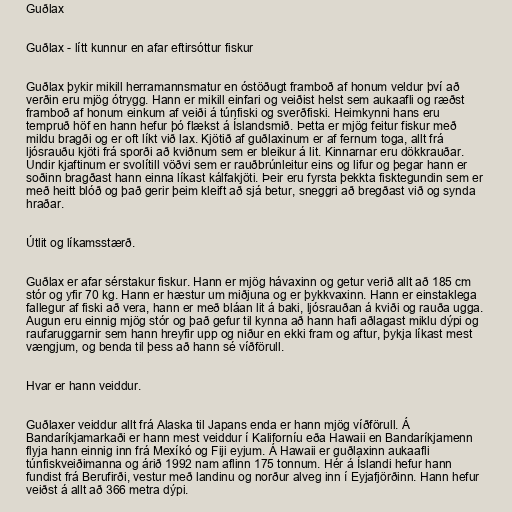
Guðlax

Guðlax - lítt kunnur en afar eftirsóttur fiskur

Guðlax þykir mikill herramannsmatur en óstöðugt framboð af honum veldur því að
verðin eru mjög ótrygg. Hann er mikill einfari og veiðist helst sem aukaafli og ræðst
framboð af honum einkum af veiði á túnfiski og sverðfiski. Heimkynni hans eru
tempruð höf en hann hefur þó flækst á Íslandsmið. Þetta er mjög feitur fiskur með
mildu bragði og er oft líkt við lax. Kjötið af guðlaxinum er af fernum toga, allt frá
ljósrauðu kjöti frá sporði að kviðnum sem er bleikur á lit. Kinnarnar eru dökkrauðar.
Undir kjaftinum er svolítill vöðvi sem er rauðbrúnleitur eins og lifur og þegar hann er
soðinn bragðast hann einna líkast kálfakjöti. Þeir eru fyrsta þekkta fisktegundin sem er
með heitt blóð og það gerir þeim kleift að sjá betur, sneggri að bregðast við og synda
hraðar.

Útlit og líkamsstærð.

Guðlax er afar sérstakur fiskur. Hann er mjög hávaxinn og getur verið allt að 185 cm
stór og yfir 70 kg. Hann er hæstur um miðjuna og er þykkvaxinn. Hann er einstaklega
fallegur af fiski að vera, hann er með bláan lit á baki, ljósrauðan á kviði og rauða ugga.
Augun eru einnig mjög stór og það gefur til kynna að hann hafi aðlagast miklu dýpi og
raufaruggarnir sem hann hreyfir upp og niður en ekki fram og aftur, þykja líkast mest
vængjum, og benda til þess að hann sé víðförull.

Hvar er hann veiddur.

Guðlaxer veiddur allt frá Alaska til Japans enda er hann mjög víðförull. Á
Bandaríkjamarkaði er hann mest veiddur í Kaliforníu eða Hawaii en Bandaríkjamenn
flyja hann einnig inn frá Mexíkó og Fiji eyjum. Á Hawaii er guðlaxinn aukaafli
túnfiskveiðimanna og árið 1992 nam aflinn 175 tonnum. Hér á Íslandi hefur hann
fundist frá Berufirði, vestur með landinu og norður alveg inn í Eyjafjörðinn. Hann hefur
veiðst á allt að 366 metra dýpi.